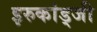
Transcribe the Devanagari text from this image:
इरुकांड्जी